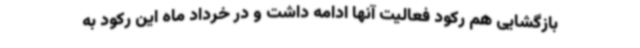
بازگشایی هم رکود فعالیت آنها ادامه داشت و در خرداد ماه این رکود به